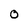
Character: 0